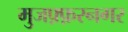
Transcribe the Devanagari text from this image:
मुजफ़्फ़रनगर